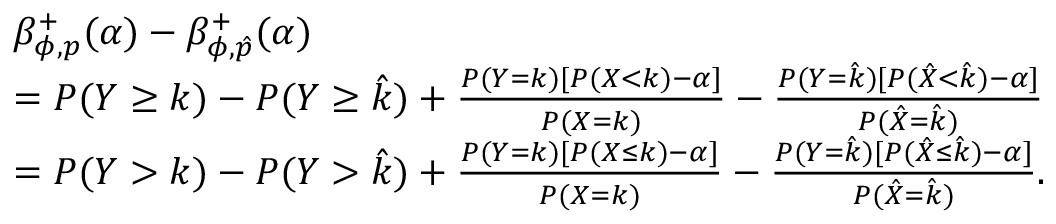
\begin{array} { r l } & { \beta _ { \phi , p } ^ { + } ( \alpha ) - \beta _ { \phi , \hat { p } } ^ { + } ( \alpha ) } \\ & { = P ( Y \geq k ) - P ( Y \geq \hat { k } ) + \frac { P ( Y = k ) [ P ( X < k ) - \alpha ] } { P ( X = k ) } - \frac { P ( Y = \hat { k } ) [ P ( \hat { X } < \hat { k } ) - \alpha ] } { P ( \hat { X } = \hat { k } ) } } \\ & { = P ( Y > k ) - P ( Y > \hat { k } ) + \frac { P ( Y = k ) [ P ( X \leq k ) - \alpha ] } { P ( X = k ) } - \frac { P ( Y = \hat { k } ) [ P ( \hat { X } \leq \hat { k } ) - \alpha ] } { P ( \hat { X } = \hat { k } ) } . } \end{array}